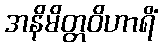
အနိမိတ္တဝိဟာရိံ